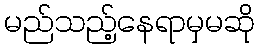
မည်သည့်နေရာမှမဆို